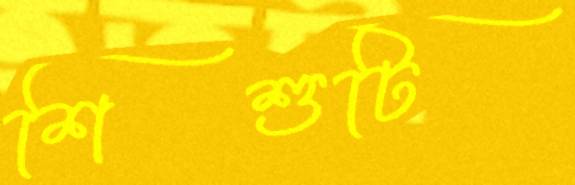
শিশুটি